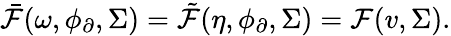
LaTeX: \bar{\mathcal{F}}(\omega,\phi_{\partial},\Sigma)=\tilde{\mathcal{F}}(\eta,\phi_{\partial},\Sigma)=\mathcal{F}(v,\Sigma).